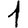
Digit: 1